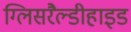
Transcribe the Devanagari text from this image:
ग्लिसरैल्डीहाइड